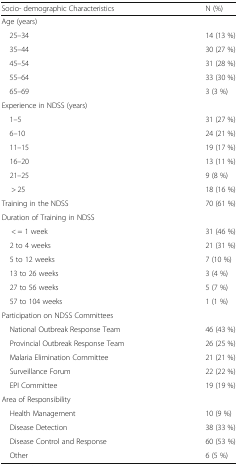
<table><thead><tr><td><b>Socio- demographic Characteristics</b></td><td><b>N (%)</b></td></tr></thead><tbody><tr><td colspan="2">Age (years)</td></tr><tr><td> 25–34</td><td>14 (13 %)</td></tr><tr><td> 35–44</td><td>30 (27 %)</td></tr><tr><td> 45–54</td><td>31 (28 %)</td></tr><tr><td> 55–64</td><td>33 (30 %)</td></tr><tr><td> 65–69</td><td>3 (3 %)</td></tr><tr><td colspan="2">Experience in NDSS (years)</td></tr><tr><td> 1–5</td><td>31 (27 %)</td></tr><tr><td> 6–10</td><td>24 (21 %)</td></tr><tr><td> 11–15</td><td>19 (17 %)</td></tr><tr><td> 16–20</td><td>13 (11 %)</td></tr><tr><td> 21–25</td><td>9 (8 %)</td></tr><tr><td>&gt; 25</td><td>18 (16 %)</td></tr><tr><td>Training in the NDSS</td><td>70 (61 %)</td></tr><tr><td colspan="2">Duration of Training in NDSS</td></tr><tr><td>&lt; = 1 week</td><td>31 (46 %)</td></tr><tr><td> 2 to 4 weeks</td><td>21 (31 %)</td></tr><tr><td> 5 to 12 weeks</td><td>7 (10 %)</td></tr><tr><td> 13 to 26 weeks</td><td>3 (4 %)</td></tr><tr><td> 27 to 56 weeks</td><td>5 (7 %)</td></tr><tr><td> 57 to 104 weeks</td><td>1 (1 %)</td></tr><tr><td colspan="2">Participation on NDSS Committees</td></tr><tr><td> National Outbreak Response Team</td><td>46 (43 %)</td></tr><tr><td> Provincial Outbreak Response Team</td><td>26 (25 %)</td></tr><tr><td> Malaria Elimination Committee</td><td>21 (21 %)</td></tr><tr><td> Surveillance Forum</td><td>22 (22 %)</td></tr><tr><td> EPI Committee</td><td>19 (19 %)</td></tr><tr><td colspan="2">Area of Responsibility</td></tr><tr><td> Health Management</td><td>10 (9 %)</td></tr><tr><td> Disease Detection</td><td>38 (33 %)</td></tr><tr><td> Disease Control and Response</td><td>60 (53 %)</td></tr><tr><td> Other</td><td>6 (5 %)</td></tr></tbody></table>